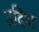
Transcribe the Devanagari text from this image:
उदिष्‍ट